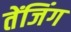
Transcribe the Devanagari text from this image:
तेंजिंग